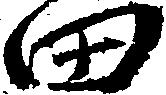
田